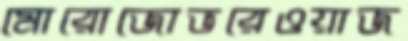
মোরোজোভরেওয়াজ